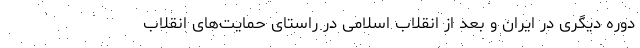
دوره دیگری در ایران و بعد از انقلاب اسلامی در راستای حمایت‌های انقلاب